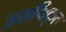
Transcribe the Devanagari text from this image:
असधिकृत